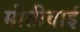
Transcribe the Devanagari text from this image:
मोतीबाई